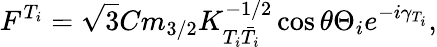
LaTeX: F^{T_{i}}=\sqrt{3}Cm_{3/2}K_{T_{i}\bar{T}_{i}}^{-1/2}\cos\theta\Theta_{i}e^{-i\gamma_{T_{i}}},